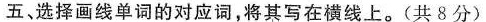
五、选择画线单词的对应词,将其写在横线上。(共 8 分)